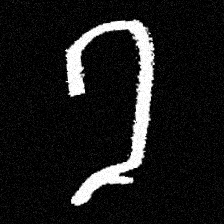
Pyu character \u2014 Myanmar letter: ခ (romanized: kha)